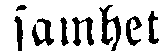
samhet.